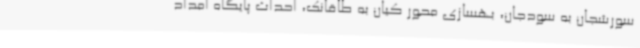
سورشجان به سودجان، بهسازی محور کیان به طاقانک، احداث پایگاه امداد